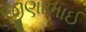
જીણાભાઈ